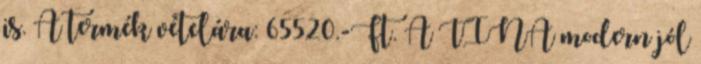
is. A termék vételára: 65520.-Ft. A TINA modern jól